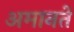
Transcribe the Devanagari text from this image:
अमानतें